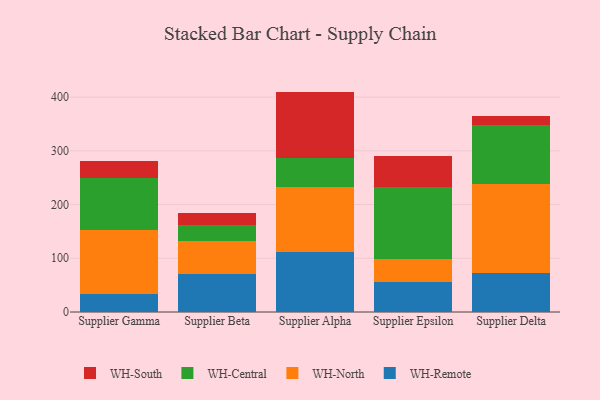
{"axis": {"x": "Supplier", "y": "Churn Rate (%)"}, "legend": ["WH-Central", "WH-North", "WH-Remote", "WH-South"], "data": [{"x": "Supplier Gamma", "y": 33.9, "type": "WH-Remote"}, {"x": "Supplier Gamma", "y": 119.6, "type": "WH-North"}, {"x": "Supplier Gamma", "y": 96.3, "type": "WH-Central"}, {"x": "Supplier Gamma", "y": 30.9, "type": "WH-South"}, {"x": "Supplier Beta", "y": 71.2, "type": "WH-Remote"}, {"x": "Supplier Beta", "y": 60.9, "type": "WH-North"}, {"x": "Supplier Beta", "y": 29.4, "type": "WH-Central"}, {"x": "Supplier Beta", "y": 22.4, "type": "WH-South"}, {"x": "Supplier Alpha", "y": 112.6, "type": "WH-Remote"}, {"x": "Supplier Alpha", "y": 120.8, "type": "WH-North"}, {"x": "Supplier Alpha", "y": 54.0, "type": "WH-Central"}, {"x": "Supplier Alpha", "y": 122.9, "type": "WH-South"}, {"x": "Supplier Epsilon", "y": 55.0, "type": "WH-Remote"}, {"x": "Supplier Epsilon", "y": 43.4, "type": "WH-North"}, {"x": "Supplier Epsilon", "y": 134.9, "type": "WH-Central"}, {"x": "Supplier Epsilon", "y": 57.3, "type": "WH-South"}, {"x": "Supplier Delta", "y": 71.9, "type": "WH-Remote"}, {"x": "Supplier Delta", "y": 166.3, "type": "WH-North"}, {"x": "Supplier Delta", "y": 109.6, "type": "WH-Central"}, {"x": "Supplier Delta", "y": 16.6, "type": "WH-South"}]}